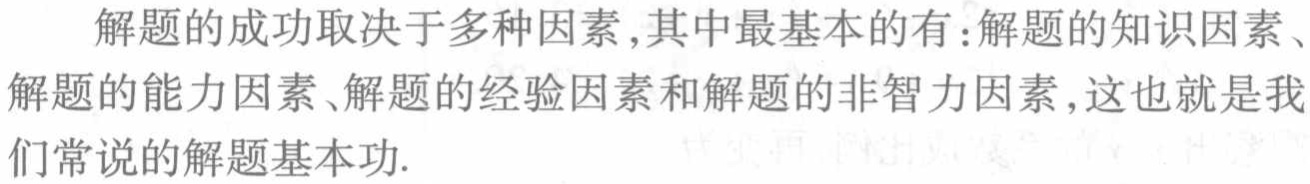
解题的成功取决于多种因素,其中最基本的有:解题的知识因素、解题的能力因素、解题的经验因素和解题的非智力因素,这也就是我们常说的解题基本功.